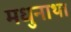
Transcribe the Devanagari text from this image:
मधुनाथा